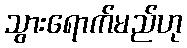
သွားရောက်မည်ဟု